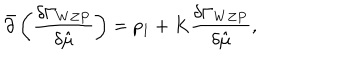
LaTeX: { \bar { \partial } } \left( { \frac { \delta \Gamma _ { W Z P } } { \delta { \hat { \mu } } } } \right) = p _ { 1 } + K { \frac { \delta \Gamma _ { W Z P } } { \delta { \hat { \mu } } } } ,